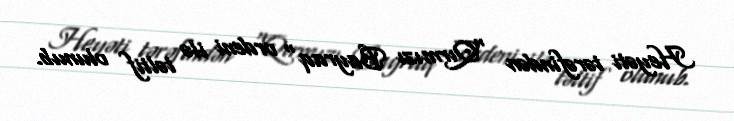
Heyəti tərəfindən "Qırmızı Bayraq" ordeni ilə təltif olunub.